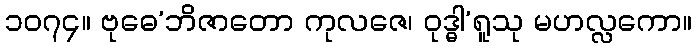
၁၀၇၄။ ဗုဓေ’ဘိဇာတော ကုလဇေ၊ ဝုဒ္ဓါ’ရူသု မဟလ္လကော။